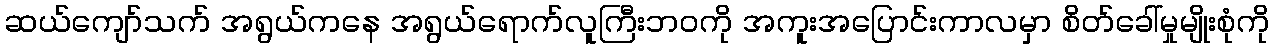
ဆယ်ကျော်သက် အရွယ်ကနေ အရွယ်ရောက်လူကြီးဘဝကို အကူးအပြောင်းကာလမှာ စိတ်ခေါ်မှုမျိုးစုံကို